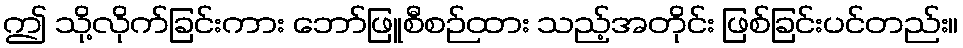
ဤ သို့လိုက်ခြင်းကား ဘော်ဖြူစီစဉ်ထား သည့်အတိုင်း ဖြစ်ခြင်းပင်တည်း။